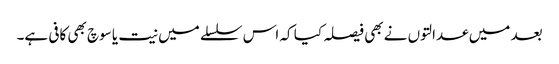
بعد میں عدالتوں نے بھی فیصلہ کیا کہ اس سلسلے میں نیت یا سوچ بھی کافی ہے۔